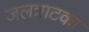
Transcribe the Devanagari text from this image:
जलत्राटका